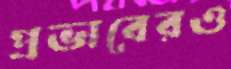
প্রভাবেরও